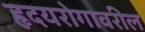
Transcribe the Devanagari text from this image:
हृदयरोगावरील